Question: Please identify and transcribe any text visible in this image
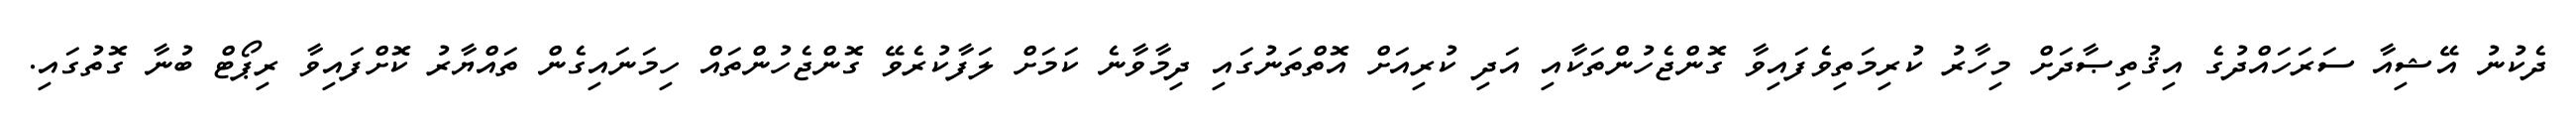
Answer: ދެކުނު އޭޝިއާ ސަރަހައްދުގެ އިޤުތިޞާދަށް މިހާރު ކުރިމަތިވެފައިވާ ގޮންޖެހުންތަކާއި އަދި ކުރިއަށް އޮތްތަނުގައި ދިމާވާނެ ކަމަށް ލަފާކުރެވޭ ގޮންޖެހުންތައް ހިމަނައިގެން ތައްޔާރު ކޮށްފައިވާ ރިޕޯޓް ބުނާ ގޮތުގައި.